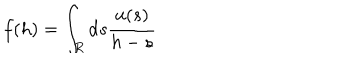
LaTeX: f ( h ) = \int _ { R } \mathrm { d } s \frac { u ( s ) } { h - s }